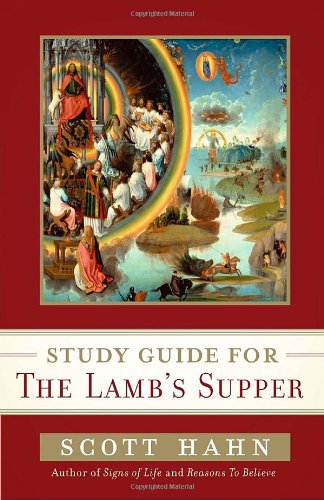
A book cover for Scott Hahn's Study Guide for The Lamb' s Supper; Scott Hahn; Christian Books & Bibles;